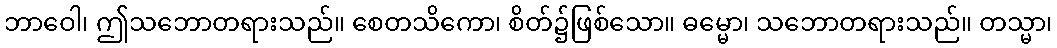
ဘာဝေါ၊ ဤသဘောတရားသည်။ စေတသိကော၊ စိတ်၌ဖြစ်သော။ ဓမ္မော၊ သဘောတရားသည်။ တသ္မာ၊